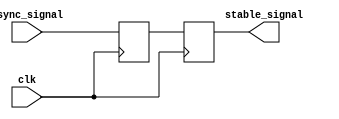
module TwoFF_Metastability_Detector (
    input wire clk,            // Clock input
    input wire async_signal,   // Asynchronous input signal
    output reg stable_signal    // Stable output signal
);

    // Internal signals for the flip-flops
    reg ff1_out;               // Output of the first flip-flop

    // First flip-flop (FF1)
    always @(posedge clk) begin
        ff1_out <= async_signal; // Sample async_signal on the rising edge of clk
    end

    // Second flip-flop (FF2)
    always @(posedge clk) begin
        stable_signal <= ff1_out; // Sample the output of FF1 on the next clock edge
    end

endmodule